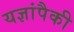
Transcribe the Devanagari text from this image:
यज्ञांपैकी